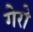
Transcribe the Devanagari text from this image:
गेरो